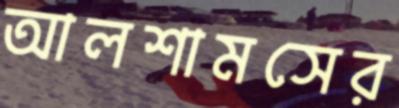
আলশামসের